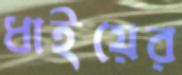
ধাইয়ের